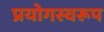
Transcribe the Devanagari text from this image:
प्रयोगस्वरूप